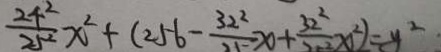
\frac { 2 4 ^ { 2 } } { 2 5 ^ { 2 } } x ^ { 2 } + ( 2 5 6 - \frac { 3 2 ^ { 2 } } { 2 5 } + \frac { 3 2 ^ { 2 } } { 2 5 ^ { 2 } } x ^ { 2 } ) = y ^ { 2 }